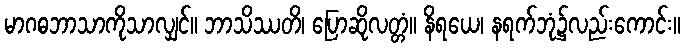
မာဂဓဘာသာကိုသာလျှင်။ ဘာသိဿတိ၊ ပြောဆိုလတ္တံ။ နိရယေ၊ နရက်ဘုံ၌လည်းကောင်း။